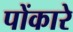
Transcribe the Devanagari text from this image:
पोंकारे